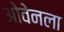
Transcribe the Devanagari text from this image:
ओवेनला